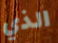
الذي